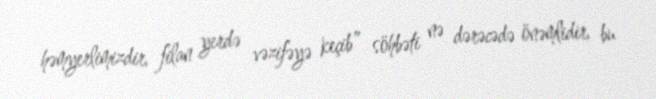
həmyerlimizdir, filan yerdə vəzifəyə keçib” söhbəti nə dərəcədə önəmlidir, bu